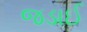
જડાઈ